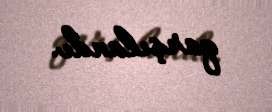
qarşılandı.